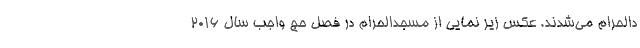
دالحرام می‌شدند. عکس زیر نمایی از مسجدالحرام در فصل حج واجب سال 2016